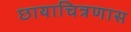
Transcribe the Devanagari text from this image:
छायाचित्रणास